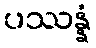
ပဿန္နံ